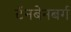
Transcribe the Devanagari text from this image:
टॅनबेनबर्ग